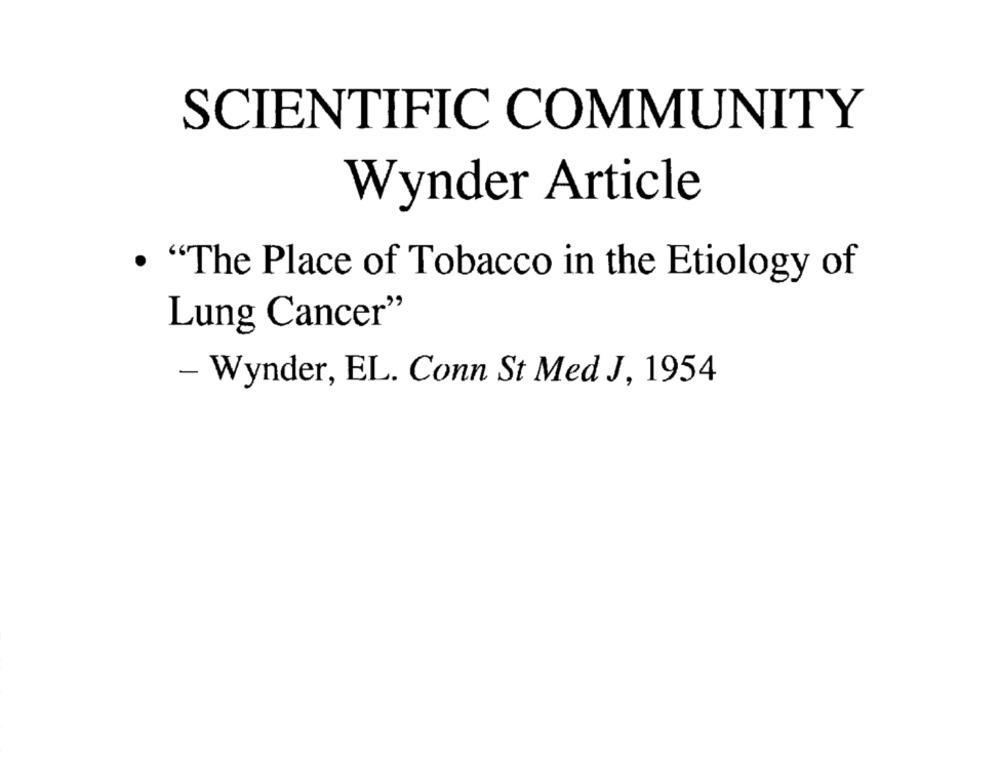
SCIENTIFIC COMMUNITY
Wynder Article
. "The Place of Tobacco in the Etiology of
Lung Cancer"
- Wynder, EL. Conn St Med J, 1954